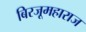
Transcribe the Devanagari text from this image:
बिरजूमहाराज